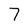
Character: 7